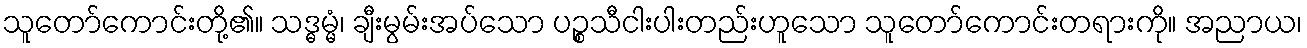
သူတော်ကောင်းတို့၏။ သဒ္ဓမ္မံ၊ ချီးမွမ်းအပ်သော ပဉ္စသီငါးပါးတည်းဟူသော သူတော်ကောင်းတရားကို။ အညာယ၊